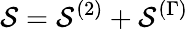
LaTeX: \mathcal{S}=\mathcal{S}^{(2)}+\mathcal{S}^{(\Gamma)}